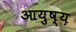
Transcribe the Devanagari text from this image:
आयुष्य़